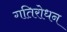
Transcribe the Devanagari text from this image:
गतिरोधन